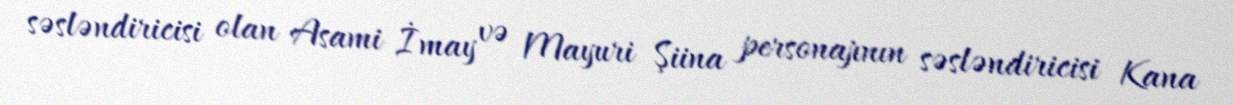
səsləndiricisi olan Asami İmay və Mayuri Şiina personajının səsləndiricisi Kana